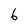
Character: 6